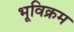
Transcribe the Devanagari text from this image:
भूविक्रम